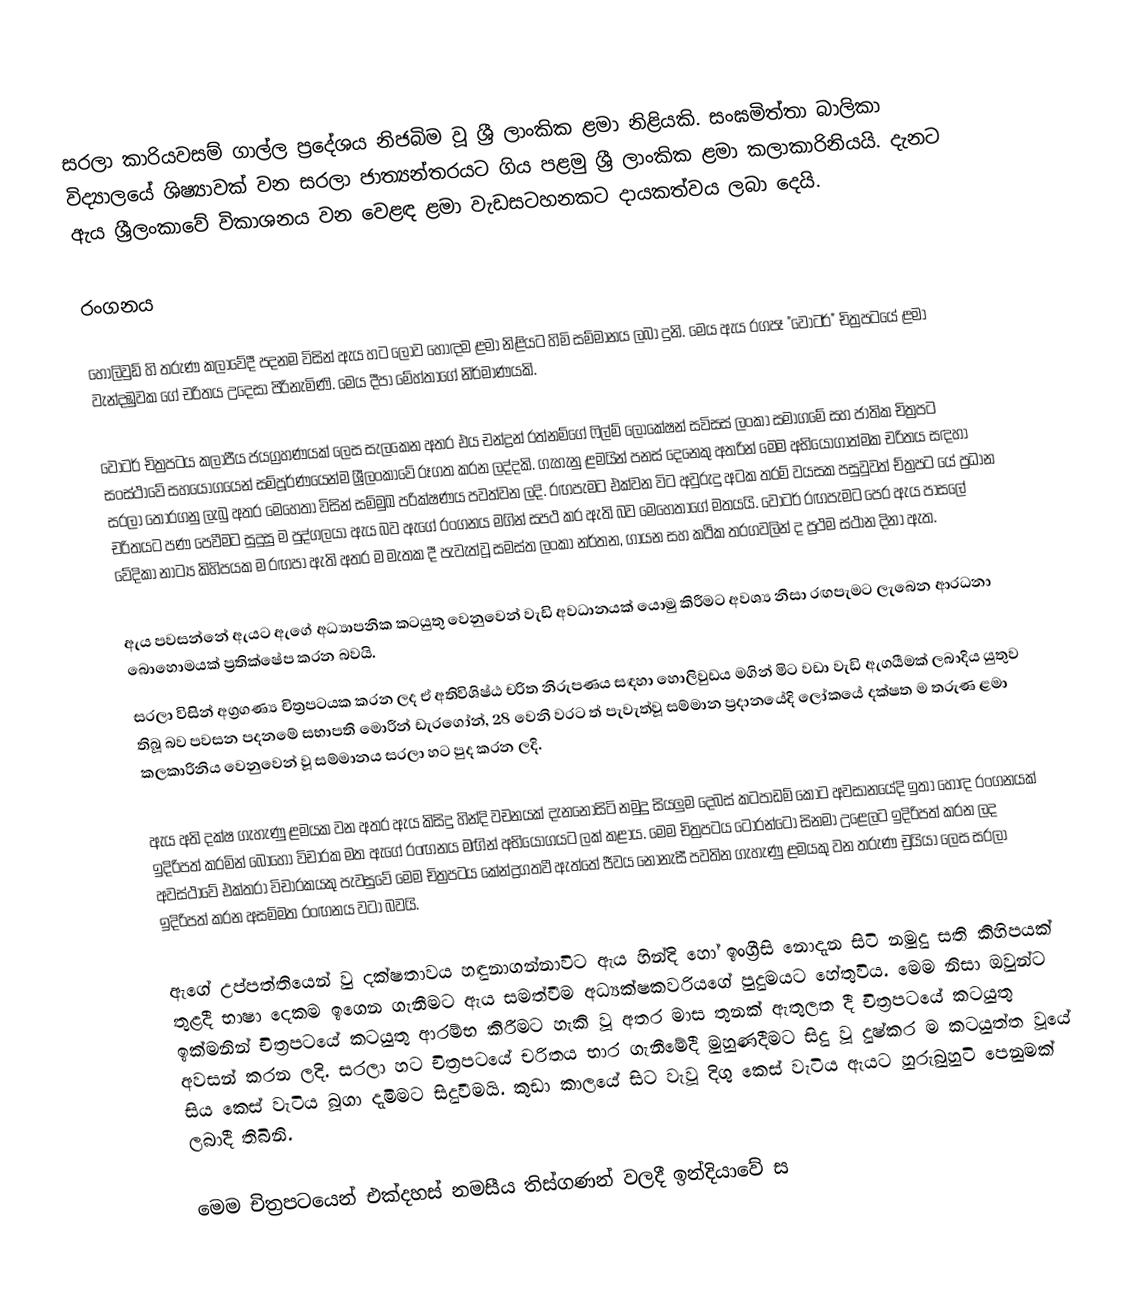
සරලා කාරියවසම් ගාල්ල ප්‍රදේශය නිජබිම වූ ශ්‍රී ලාංකික ළමා නිළියකි. සංඝමිත්තා බාලිකා විද්‍යාලයේ ශිෂ්‍යාවක් වන සරලා ජාත්‍යන්තරයට ගිය පළමු ශ්‍රී ලාංකික ළමා කලාකාරිනියයි. දැනට ඇය ශ්‍රීලංකාවේ විකාශනය වන වෙළඳ ළමා වැඩසටහනකට දායකත්වය ලබා දෙයි.

රංගනය

හොලිවුඩ් හි තරුණ කලාවේදී පදනම විසින් ඇය හට ලොව හොඳම ළමා නිළියට හිමි සම්මානය ලබා දුනි. මෙය ඇය රගපෑ "වෝටර්" චිත්‍රපටයේ ළමා වැන්දඹුවක ගේ චරිතය උදෙසා පිරිනැමිණි. මෙය දීපා මේහ්තාගේ නිර්මාණයකි.

වෝටර් චිත්‍රපටය කලාපීය ජයග්‍රහණයක් ලෙස සැලකෙන අතර එය චන්ද්‍රන් රත්නම්ගේ ෆිල්ම් ලොකේෂන් සවිසස් ලංකා සමාගමේ සහ ජාතික චිත්‍රපට සංස්ථාවේ සහයෝගයෙන් සම්පූර්ණයෙන්ම ශ්‍රීලංකාවේ රූගත කරන ලද්දකි. ගැහැනු ළමයින් පනස් දෙනෙකු අතරින් මෙම අභියෝගාත්මක චරිතය සඳහා සරලා තෝරගනු ලැබු අතර මෙහෙතා විසින් සම්මුඛ පරික්ෂණය පවත්වන ලදි. රඟපැමට එක්වන විට අවුරුදු අටක තරම් වයසක පසුවුවත් ච්ත්‍රපට යේ ප්‍රධාන චරිතයට පණ පෙවීමට සුදුසු ම පුද්ගලයා ඇය බව ඇගේ රංගනය මගින් සපථ කර ඇති බව මෙහෙතාගේ මතයයි. වෝටර් රඟපැමට පෙර ඇය පාසලේ වේදිකා නාට්‍ය කිහිපයක ම රඟපා ඇති අතර ම මැතක දී පැවැත්වූ සමස්ත ලංකා නර්තන, ගායන සහ කථික තරගවලින් ද ප්‍රථම ස්ථාන දිනා ඇත.

ඇය පවසන්නේ ඇයට  ඇගේ අධ්‍යාපනික කටයුතු වෙනුවෙන් වැඩි අවධානයක් යොමු කිරීමට අවශ්‍ය නිසා  රඟපැමට ලැබෙන ආරධනා බොහොමයක් ප්‍රතික්ෂේප කරන බවයි.
සරලා විසින් අග්‍රගණ්‍ය චිත්‍රපටයක කරන ලද ඒ අතිවිශිෂ්ඨ චරිත නිරුපණය සඳහා හොලිවුඩය මගින් මිට වඩා වැඩි ඇගයීමක් ලබාදිය යුතුව තිබූ බව පවසන පදනමේ සභාපති මොරීන් ඩැරගෝන්, 28 වෙනි වරට ත් පැවැත්වූ සම්මාන ප්‍රදානයේදි ලෝකයේ දක්ෂත ම තරුණ  ළමා කලකාරිනිය වෙනුවෙන් වූ සම්මානය සරලා හට පුද කරන ලදි.

ඇය අති දක්ෂ ගැහැණු ළමයක වන අතර ඇය කිසිදු හින්දි වචනයක් දැනනොසිටි නමුදු සියලුම දෙබස් කටපාඩම් කොට අවසානයේදි ඉතා හොඳ රංගනයක් ඉදිරිපත් කරමින් බොහෝ විචාරක මත ඇගේ රංඟනය මඟින් අභියෝගයට ලක් කළාය. මෙම චිත්‍රපටය ටොරන්ටෝ සිනමා උළෙලට ඉදිරිපත් කරන ලද අවස්ථාවේ එක්තරා විචාරකයකු පැවසුවේ මෙම චිත්‍රපටය කේන්ද්‍රගතවී ඇත්තේ ජීවය නොනැසී පවතින ගැහැණු ළමයකු වන තරුණ චුයියා  ලෙස සරලා ඉදිරිපත් කරන  අසම්මත රංඟනය වටා බවයි.

ඇගේ උප්පත්තියෙන් වු දක්ෂතාවය  හඳුනාගන්නාවිට ඇය හින්දි හෝ ඉංග්‍රීසි නොදැන සිටි නමුදු  සති කිහිපයක් තුළදී භාෂා දෙකම ඉගෙන ගැනීමට ඇය සමත්වීම  අධ්‍යක්ෂකවරියගේ පුදුමයට හේතුවිය. මෙම නිසා ඔවුන්ට ඉක්මනින් චිත්‍රපටයේ කටයුතු ආරම්භ කිරීමට හැකි වූ අතර මාස තුනක් ඇතුලත දී චිත්‍රපටයේ කටයුතු අවසන් කරන ලදි. සරලා හට චිත්‍රපටයේ චරිතය භාර ගැනීමේදී මුහුණදීමට සිදු වූ දුෂ්කර ම කටයුත්ත වූයේ සිය කෙස් වැටිය බූගා දැමිමට සිදුවීමයි. කුඩා කාලයේ සිට වැවූ දිගු කෙස් වැටිය ඇයට හුරුබුහුටි පෙනුමක් ලබාදී තිබිනි.

මෙම චිත්‍රපටයෙන් එක්දහස් නමසීය තිස්ගණන් වලදී ඉන්දියාවේ ස